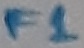
Text: F1